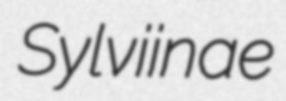
Sylviinae